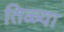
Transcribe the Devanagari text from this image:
तिळ्या